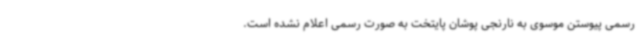
رسمی پیوستن موسوی به نارنجی پوشان پایتخت به صورت رسمی اعلام نشده است.